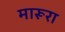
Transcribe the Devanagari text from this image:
मारूरा